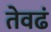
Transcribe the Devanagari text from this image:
तेवढं